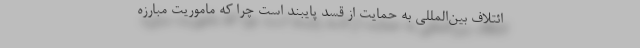
ائتلاف بین‌المللی به حمایت از قسد پایبند است چرا که ماموریت مبارزه